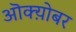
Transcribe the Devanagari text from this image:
ऒक्य़ोबर